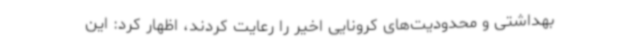
بهداشتی و محدودیت‌های کرونایی اخیر را رعایت کردند، اظهار کرد: این